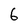
Character: 6